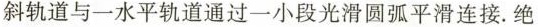
斜轨道与一水平轨道通过一小段光滑圆弧平滑连接。绝